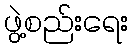
ဖွဲ့စည်းရေး